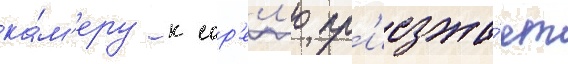
ка́м'еру к сор'ел'ю пр'иезжа́ет